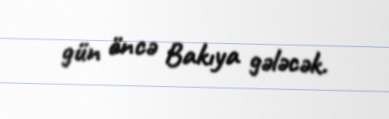
gün öncə Bakıya gələcək.